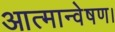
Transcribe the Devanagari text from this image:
आत्मान्वेषण।